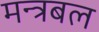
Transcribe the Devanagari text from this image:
मन्त्रबल